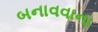
બનાવવાના